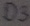
Text: D3